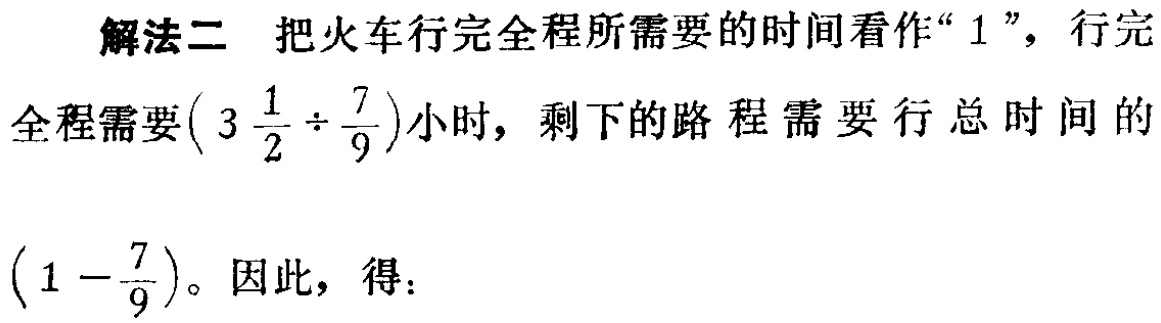
解法二 把火车行完全程所需要的时间看作“$1$”，行完

全程需要$\left(3\frac{1}{2}\div\frac{7}{9}\right)$小时，剩下的路程需要行总时间的

$\left(1 - \frac{7}{9}\right)$。因此，得：